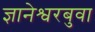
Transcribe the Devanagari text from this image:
ज्ञानेश्वरबुवा